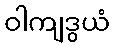
ဝါကျဒွယံ